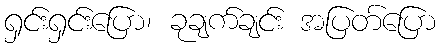
ရှင်းရှင်းပြော၊ ခုချက်ချင်း အပြတ်ပြော